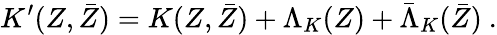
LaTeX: K^{\prime}(Z,\bar{Z})=K(Z,\bar{Z})+\Lambda_{K}(Z)+\bar{\Lambda}_{K}(\bar{Z})\ .